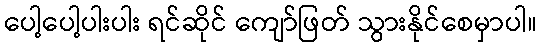
ပေါ့ပေါ့ပါးပါး ရင်ဆိုင် ကျော်ဖြတ် သွားနိုင်စေမှာပါ။